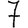
Digit: 7